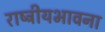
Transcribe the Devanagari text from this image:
राष्ट्रीयभावना